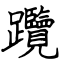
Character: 𨈇